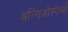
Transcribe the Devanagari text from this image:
अन्गिओस्पेर्म्स